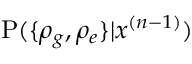
\mathrm P ( \{ \rho _ { g } , \rho _ { e } \} | x ^ { ( n - 1 ) } )